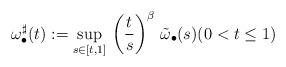
LaTeX: \begin{align*}\omega^{\sharp}_{\bullet}(t):= \sup_{s \in [t,1]} \,\left(\frac{t}{s}\right)^\beta\, \tilde\omega_{\bullet}(s) (0<t\le 1)\end{align*}